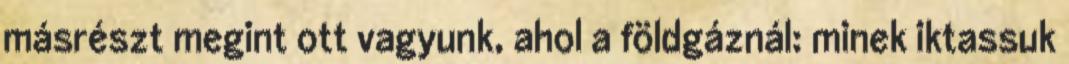
másrészt megint ott vagyunk, ahol a földgáznál: minek iktassuk